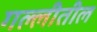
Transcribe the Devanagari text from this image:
गल्लीतील